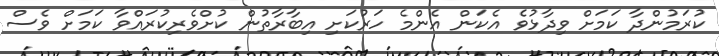
ކުރަމުންދާ ކަމަށް ވިދާޅުވެ އެކަން އެންމެ ހަރުކަށި އިބާރާތުން ކުށްވެރިކުރައްވާ ކަމަށް ވެސް